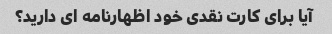
آیا برای کارت نقدی خود اظهارنامه ای دارید؟